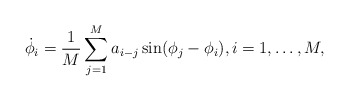
\begin{align*}\dot\phi_i = \frac 1M \sum_{j=1}^M a_{i-j} \sin(\phi_j-\phi_i),i=1,\dots,M,\end{align*}